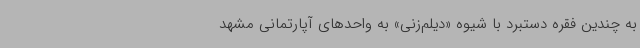
به چندین فقره دستبرد با شیوه «دیلم‌زنی» به واحدهای آپارتمانی مشهد